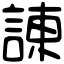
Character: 諌